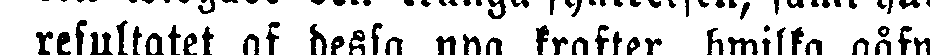
resultatet af dessa pga krafter hwilka gåfw